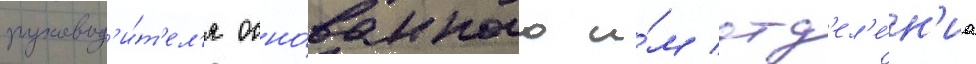
руковод'и́т'ел'я осно́ванного и́м отд'ел'е́н'иа